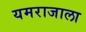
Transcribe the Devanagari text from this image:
यमराजाला